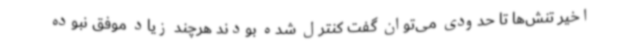
اخیر تنش‌ها تا حدودی می‌توان گفت کنترل شده بودند هرچند زیاد موفق نبوده